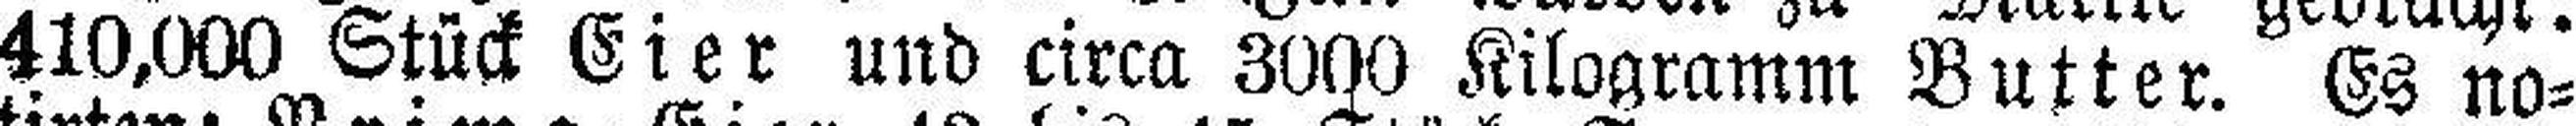
410,000 Stück Eier und circa 3000 Kilogramm Butter. Es no¬